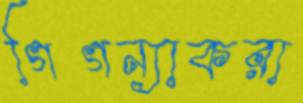
গিগন্যাকরা